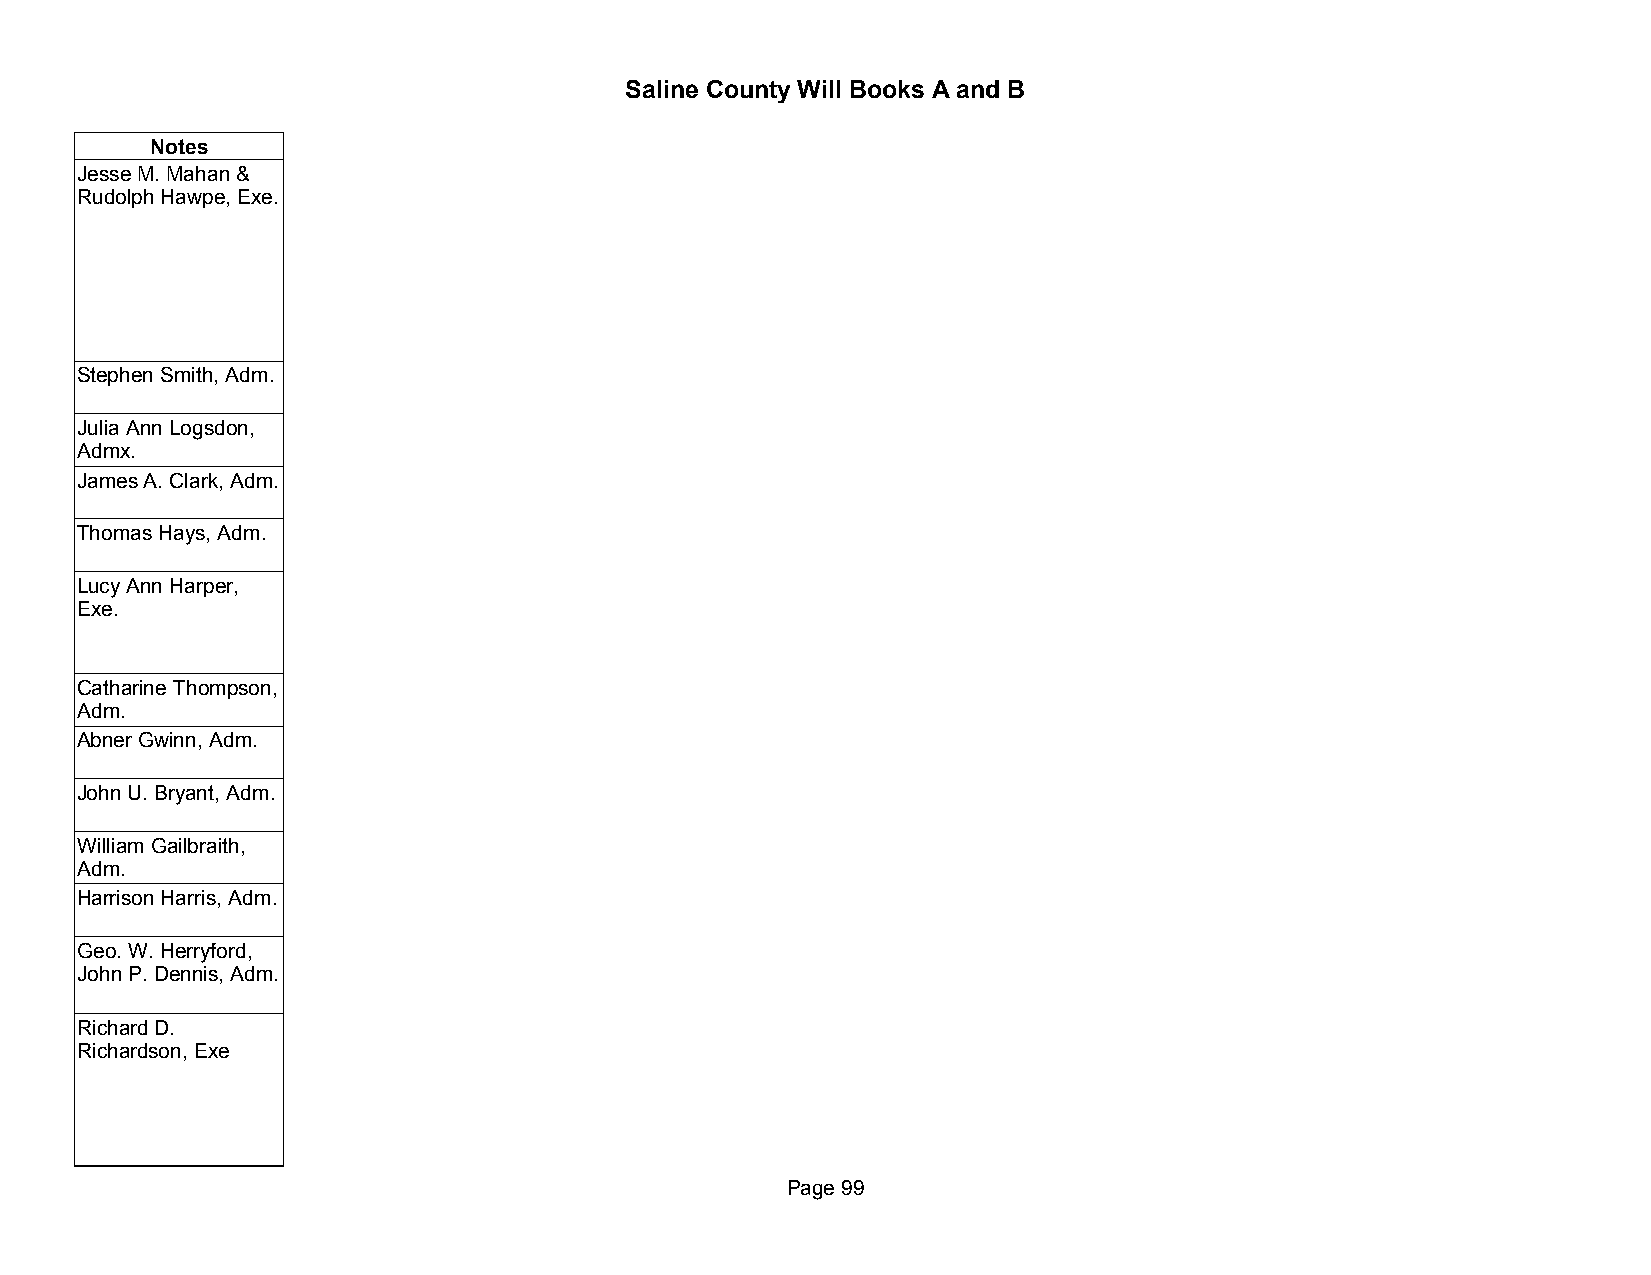
Saline County Will Books A and B
 Notes
 Jesse M. Mahan &
 Rudolph Hawpe, Exe.
 Stephen Smith, Adm.
 Julia Ann Logsdon,
 Admx.
 James A. Clark, Adm.
 Thomas Hays, Adm.
 Lucy Ann Harper,
 Exe.
 Catharine Thompson,
 Adm.
 Abner Gwinn, Adm.
 John U. Bryant, Adm.
 William Gailbraith,
 Adm.
 Harrison Harris, Adm.
 Geo. W. Herryford,
 John P. Dennis, Adm.
 Richard D.
 Richardson, Exe
 Page 99